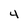
Character: 4